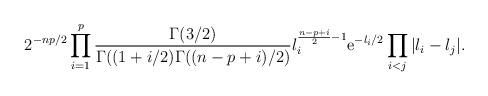
LaTeX: \begin{align*}2^{-np/2}\prod_{i=1}^{p}\frac{\Gamma(3/2)}{\Gamma((1+i/2)\Gamma((n-p+i)/2)}l^{\frac{n-p+i}{2}-1}_{i}\mbox{e}^{-{l_{i}}/2}\prod_{i < j}|l_i-l_j|.\end{align*}